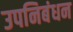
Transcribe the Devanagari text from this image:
उपनिबंधन